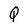
Character: Q